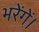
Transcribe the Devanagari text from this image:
भरेंगें।